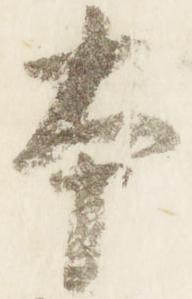
本